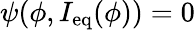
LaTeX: \psi(\phi,I_{\mathrm{eq}}(\phi))=0